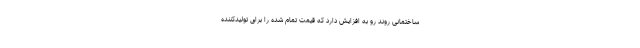
ساختمانی روند رو به افزایش دارد که قیمت تمام شده را برای تولیدکننده